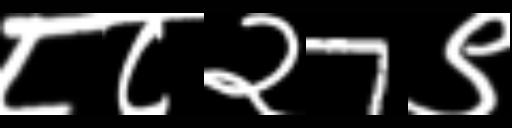
Text: ८८२7९